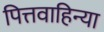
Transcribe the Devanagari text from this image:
पित्तवाहिन्या